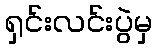
ရှင်းလင်းပွဲမှ